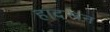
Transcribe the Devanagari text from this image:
हादरून